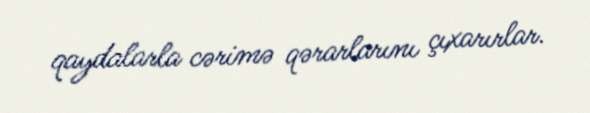
qaydalarla cərimə qərarlarını çıxarırlar.